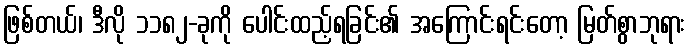
ဖြစ်တယ်၊ ဒီလို ၁၁၈၂-ခုကို ပေါင်းထည့်ရခြင်း၏ အကြောင်းရင်းတော့ မြတ်စွာဘုရား